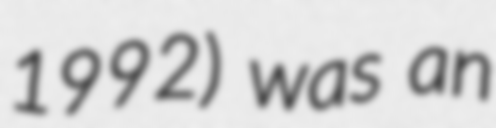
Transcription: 1992) was an